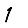
Digit: 1